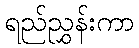
ရည်ညွှန်းကာ